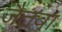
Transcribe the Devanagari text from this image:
जैतवा